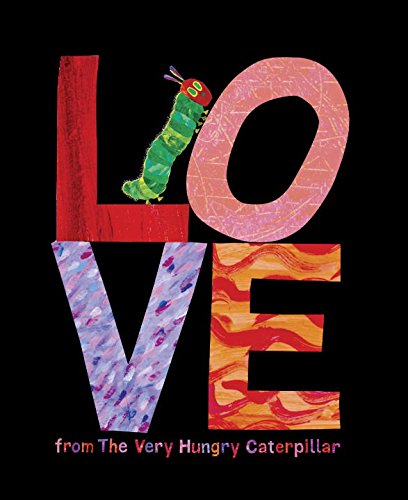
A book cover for Love from The Very Hungry Caterpillar; Eric Carle; Children's Books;